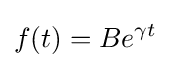
f(t)=Be^{\gamma t}